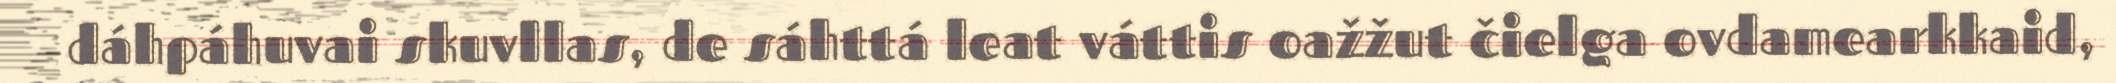
dáhpáhuvai skuvllas, de sáhttá leat váttis oažžut čielga ovdamearkkaid,